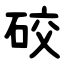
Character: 䂭